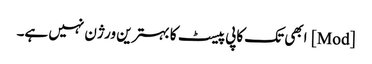
[Mod] ابھی تک کاپی پیسٹ کا بہترین ورژن نہیں ہے۔